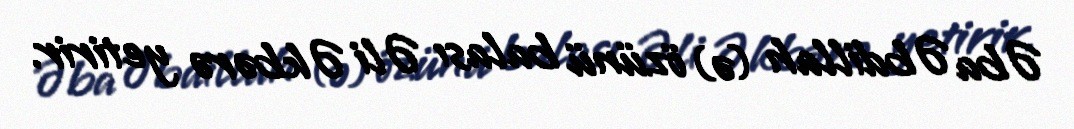
Əba Əbdillah (ə) özünü balası Əli Əkbərə yetirir.